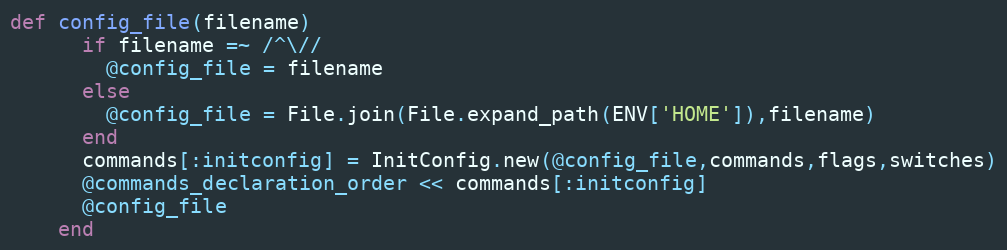
Language: Ruby
def config_file(filename)
      if filename =~ /^\//
        @config_file = filename
      else
        @config_file = File.join(File.expand_path(ENV['HOME']),filename)
      end
      commands[:initconfig] = InitConfig.new(@config_file,commands,flags,switches)
      @commands_declaration_order << commands[:initconfig]
      @config_file
    end